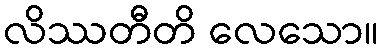
လိဿတီတိ လေသော။